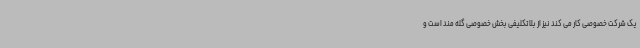
یک شرکت خصوصی کار می کند نیز از بلاتکلیفی بخش خصوصی گله مند است و